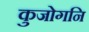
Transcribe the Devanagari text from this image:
कुजोगनि